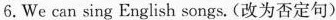
6.We can sing English songs.(改为否定句)